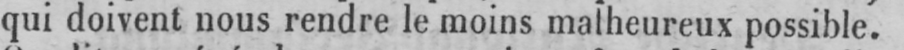
qui doivent nous rendre le moins malheureux possible.